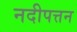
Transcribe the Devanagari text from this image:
नदीपत्तन